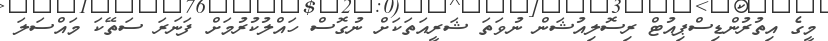
މީގެ އިތުރުންޑިސްޕިއުޓް ރިސޮލިއުޝަން ނުވަތަ ޝަރީއަތަކަށް ނުގޮސް ހައްލުކުރުމަށް ފަނަރަ ސަތޭކަ މައްސަަލަ